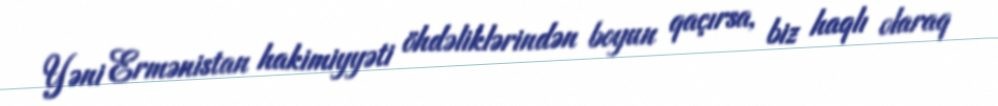
Yəni Ermənistan hakimiyyəti öhdəliklərindən boyun qaçırsa, biz haqlı olaraq